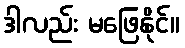
ဒါလည်း မဖြေနိုင်။